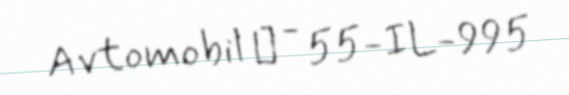
Avtomobil № - 55-IL-995